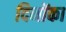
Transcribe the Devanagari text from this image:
दिनोंका